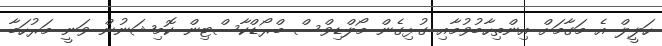
ހަލީލް އެ މަގާމަށް އިންތިހާބުވުމާއި ގުޅިގެން މޯލްޑިވްސް ބްރޯޑްކާސްޓިން ކޮމިޝަނުން ވަނީ މަރުހަބާ